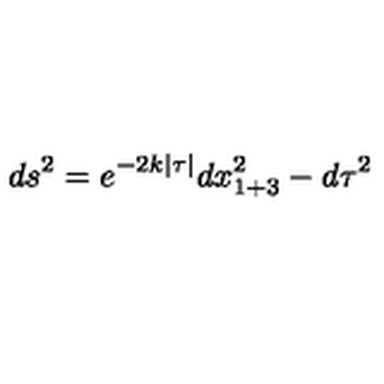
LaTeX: d s ^ { 2 } = e ^ { - 2 k | \tau | } d x _ { 1 + 3 } ^ { 2 } - d \tau ^ { 2 }